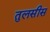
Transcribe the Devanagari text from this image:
तुलसीस